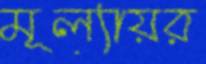
মূল্যায়র